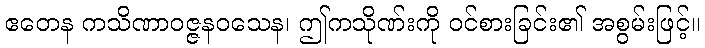
ဧတေန ကသိဏာဝဇ္ဇနဝသေန၊ ဤကသိုဏ်းကို ဝင်စားခြင်း၏ အစွမ်းဖြင့်။